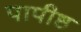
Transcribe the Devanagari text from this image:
पापीष्ठ